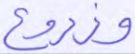
وزروع